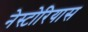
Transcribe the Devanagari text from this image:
नेस्टोरियास